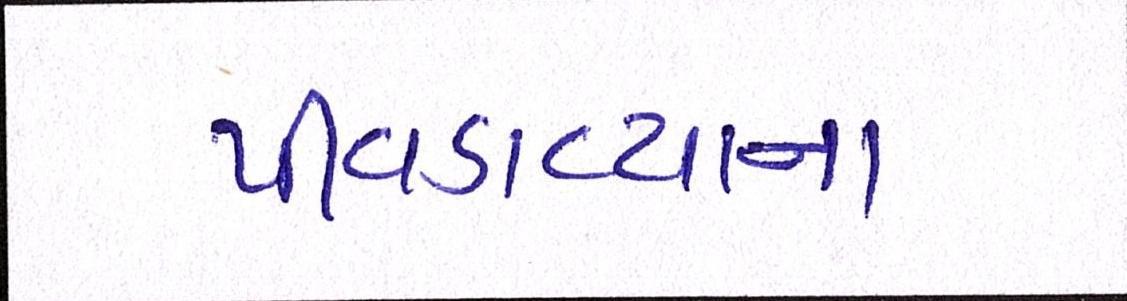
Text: પીવડાવ્યાના